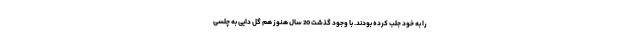
را به خود جلب کرده بودند. با وجود گذشت 20 سال هنوز هم گل دایی به چلسی